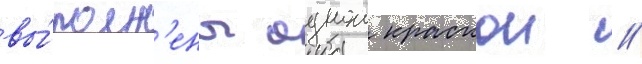
вы́полн'ены однои краскои //